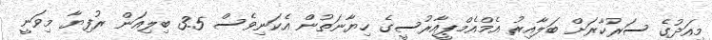
މިއަދުގެ ސަރުކާރަށް ބަލާއިރު އެމްއެމްޕީއާރުސީގެ ހިޔާނަތުން އެކަނިވެސް 3.5 ބިލިއަން ރުފިޔާ މިވަނީ